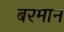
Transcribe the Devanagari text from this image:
बरमान